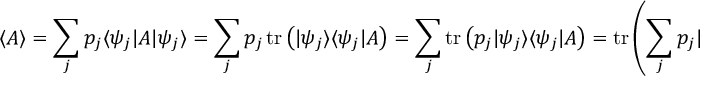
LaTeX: \langle A \rangle = \sum _ { j } p _ { j } \langle \psi _ { j } | A | \psi _ { j } \rangle = \sum _ { j } p _ { j } \operatorname { t r } \left( | \psi _ { j } \rangle \langle \psi _ { j } | A \right) = \sum _ { j } \operatorname { t r } \left( p _ { j } | \psi _ { j } \rangle \langle \psi _ { j } | A \right) = \operatorname { t r } \left( \sum _ { j } p _ { j } | \psi _ { j } \rangle \langle \psi _ { j } | A \right) = \operatorname { t r } ( \rho A ) ,